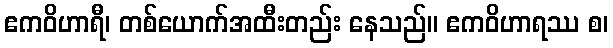
ဧကဝိဟာရီ၊ တစ်ယောက်အထီးတည်း နေသည်။ ဧကဝိဟာရဿ စ၊